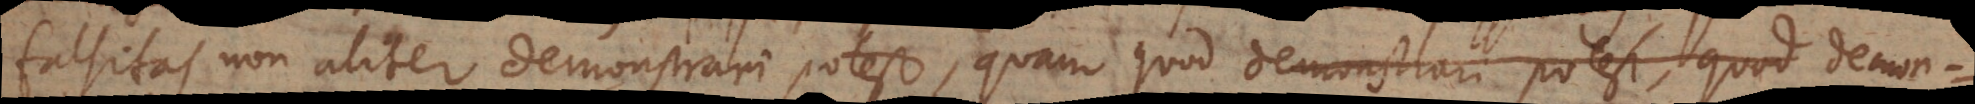
falsitas non aliter demonstrari potest, quam quod demonstrari potest, quod demon